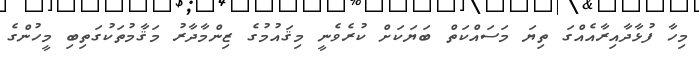
މިހާ ފުޅާދާއިރާއެއްގަ ތިޔަ މަސައްކަތް ބަޔަކަށް ކުރެވެނީ މިޤައުމުގެ ޒިންމާދާރު މަޤާމުތަކުގަތިބި މީހުންގެ